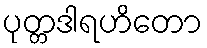
ပုတ္တဒါရဟိတော